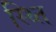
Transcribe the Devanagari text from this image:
स्थ्‍ति